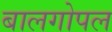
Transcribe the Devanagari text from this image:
बालगोपल